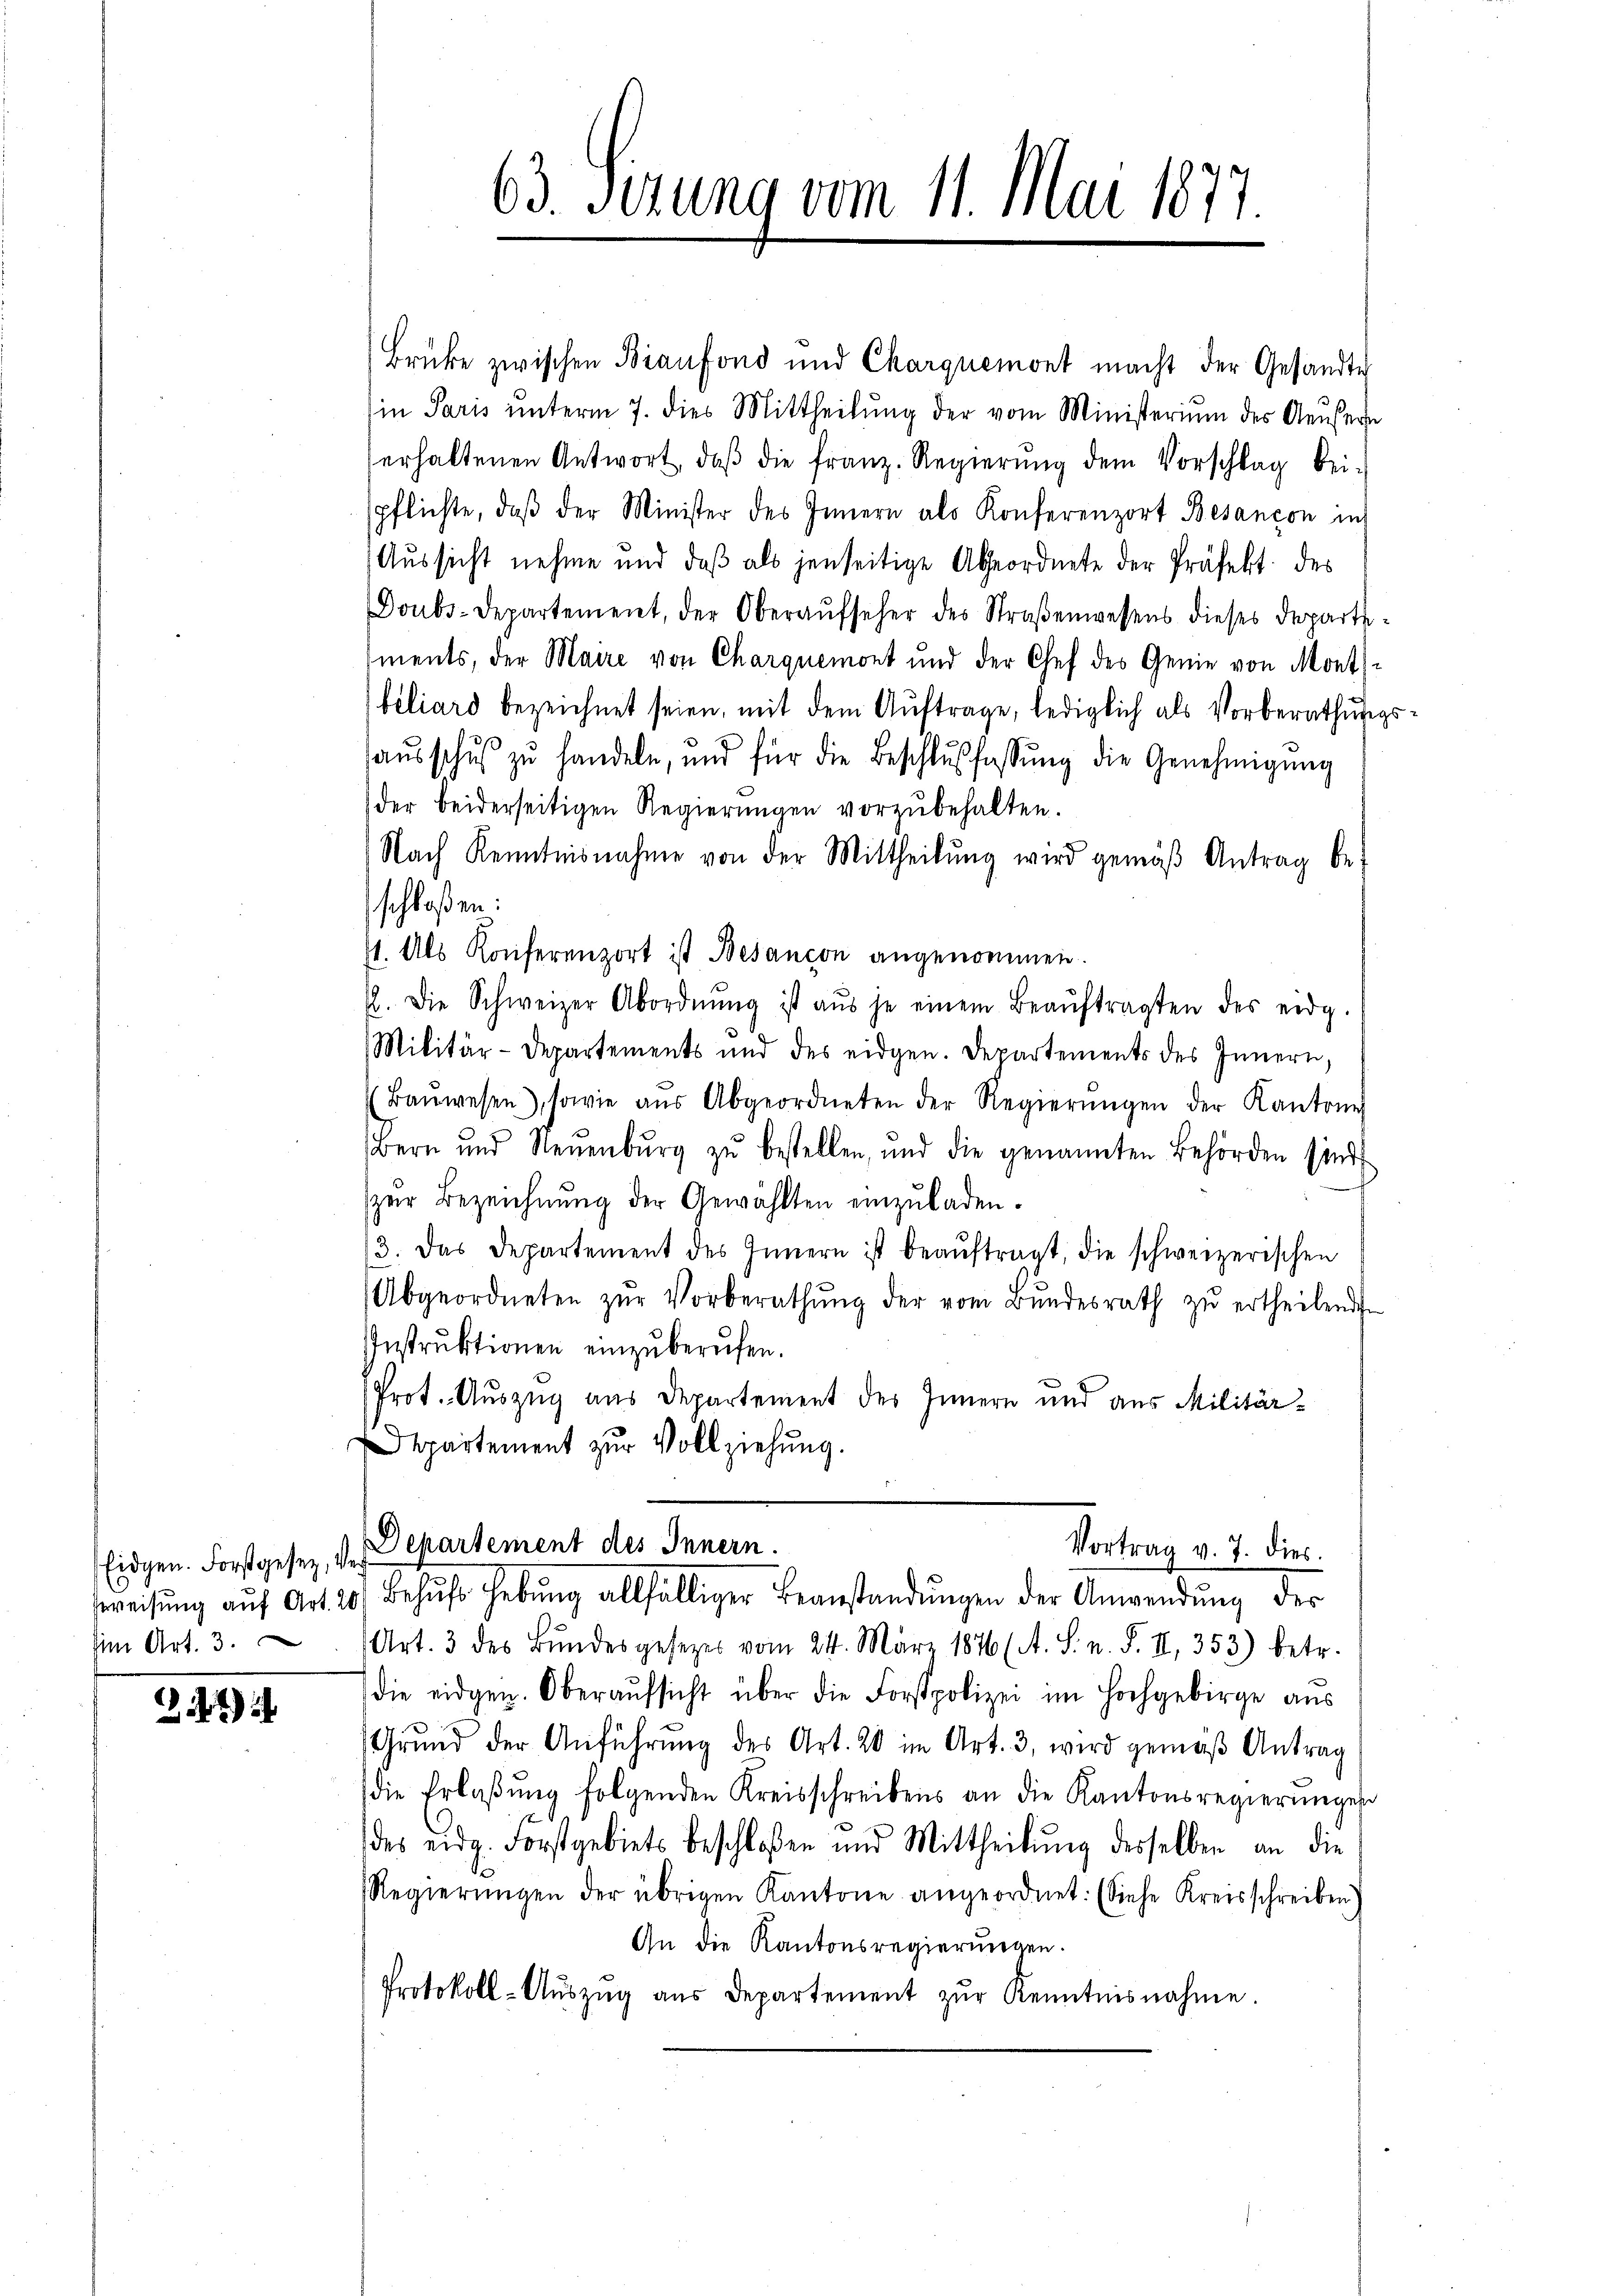
(im Art. 3.

241)

Brüke zwischen Bianfond und Charquemont macht der Gesandte
Ein Paris unterm 7. dies Mittheilung der vom Ministerium des Aeuser
erhaltenen Antwort, daβ die franz. Regierŭng dem Vorschlag bei-
spflichte, daβ der Minister des Innern als Konferenzort Besançon in
Aussicht nehme und daß als jenseitige Abgeordnete der Präfekt des
Doubs-Departement, der Oberaŭfseher des Straβenwesens dieses Departi-
ments, der Maire von Charquemont und der Chef des Genie von Mont
beliard bezeichnet seien, mit dem Auftrage, lediglich als Vorberathungs
aŭsschŭβ zŭ handeln, und für die Beschlußfassŭng die Genehmigŭng
der beiderseitigen Regierungen vorzubehalten.
Nach Kenntnisnahme von der Mittheilŭng wird gemäβ Antrag be-
schloßen:
11. Als Konferenzort ist Besancon angenommen.
2. Die Schweizer Abordnŭng ist aŭs je einem Beaŭftragten des eidg.
Militär-Departements und des eidgen. Departements des Innern,
Baŭwesen), sowie aŭs Abgeordneten der Regierŭngen der Kantone
Bern und Neuenbŭrg zŭ bestellen, und die genannten Behörden sind
zur Bezeichnung der Gewählten einzuladen.
3. Das Departement des Innern ist beaŭftragt, die schweizerischen
Abgeordneten zŭr Vorberathŭng der vom Bŭndesrath zŭ ertheilende
IInstruktionen einzuberufen.
Prot. Auszug aus Departement des Innern und aus Militär¬
Departement zur Vollziehung.
Vortrag v. 7. dies
Eidgen. Forstgesez, von Departement des Innern.
eweisŭng aŭf Art. 20 Behŭfs Hebŭng allfälliger Beanstandŭngen der Anwendŭng des
Art. 3 des Bŭndesgesetzes vom 24. März 1876 (A. S. n. F. II, 353) betr.
die eidgen. Oberaŭfsicht über die Forstpolizei im Hochgebirge aus
Grŭnd der Anführŭng des Art. 20 im Art. 3, wird gemäß Antrag
die Erlaβŭng folgenden Kreisschreibens an die Kantonsregierungen
des eidg. Forstgebiets beschloßen und Mittheilŭng desselben an die
Regierŭngen der übrigen Kantone angeordnet. (Siehe Kreisschreiben
An die Kantonsregierungen.
Protokoll-Aŭszŭg aŭs Departement zŭr Kenntnisnahme

63. Serung vom 11. Mai 1877.